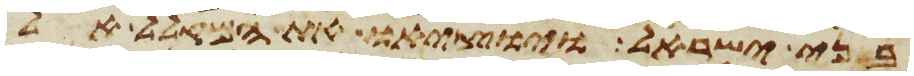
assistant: בני ישראל ויוציאו את המקלל אל